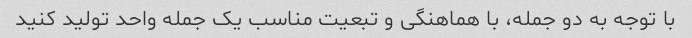
با توجه به دو جمله، با هماهنگی و تبعیت مناسب یک جمله واحد تولید کنید